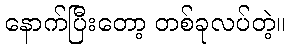
နောက်ပြီးတော့ တစ်ခုလပ်တဲ့။